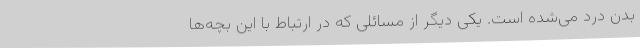
بدن درد می‌شده است. یکی دیگر از مسائلی که در ارتباط با این بچه‌ها